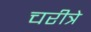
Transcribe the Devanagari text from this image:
चरीत्रे